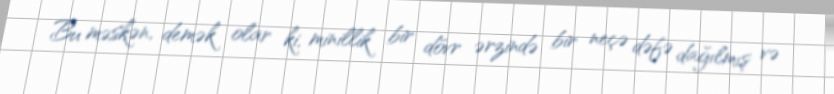
Bu məskən, demək olar ki, minillik bir dövr ərzində bir neçə dəfə dağılmış və